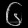
Digit: ၆